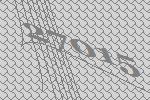
27015